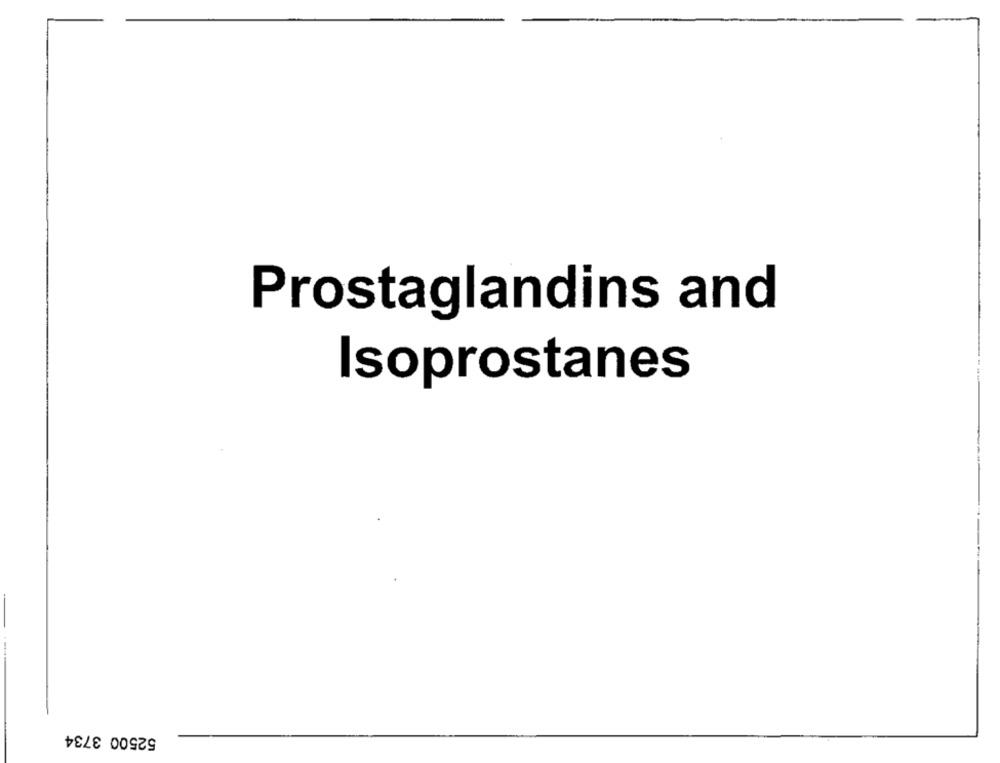
Prostaglandins and
Isoprostanes
52500 3734